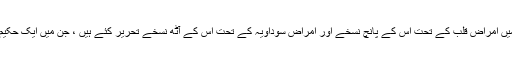
حکیم شریف خاں نے علاج الامراض میں امراضِ قلب کے تحت اِس کے پانچ نسخے اور امراض سوداویہ کے تحت اِس کے آٹھ نسخے تحریر کئے ہیں ، جن میں ایک حکیم ارشد کا مختصر نسخہ بھی شامل ہے۔